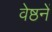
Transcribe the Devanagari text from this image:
वेष्ठनें